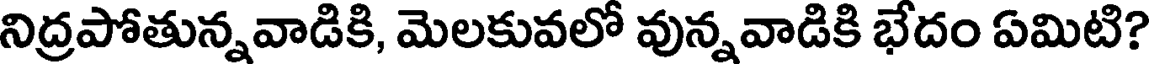
నిద్రపోతున్నవాడికి, మెలకువలో వున్నవాడికి భేదం ఏమిటి?